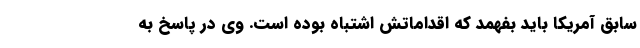
سابق آمریکا باید بفهمد که اقداماتش اشتباه بوده است. وی در پاسخ به